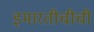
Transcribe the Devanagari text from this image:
इमारतीचीची